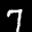
Digit: 7